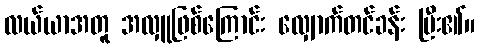
လယ်ယာအတူ အလှူဖြစ်ကြောင်း လျှောက်တင်ခန်း ပြီး၏။